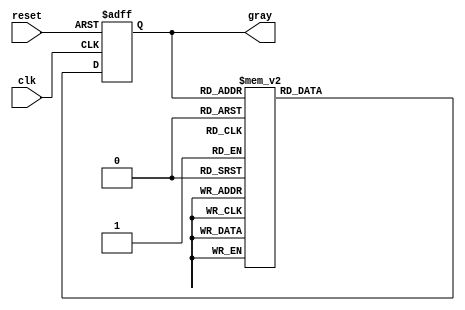
module gray_code_async_counter (
    input wire clk,          // Clock input
    input wire reset,        // Asynchronous reset
    output reg [2:0] gray    // 3-bit Gray Code output
);

// Internal signals for the next state
reg [2:0] next_gray;

// Asynchronous reset and state transition logic
always @(posedge clk or posedge reset) begin
    if (reset) begin
        gray <= 3'b000; // Initialize to 0 in Gray Code
    end else begin
        gray <= next_gray; // Update state on clock edge
    end
end

// Combinational logic to determine the next state
always @(*) begin
    case (gray)
        3'b000: next_gray = 3'b001; // 0 -> 1
        3'b001: next_gray = 3'b011; // 1 -> 3
        3'b011: next_gray = 3'b010; // 3 -> 2
        3'b010: next_gray = 3'b110; // 2 -> 6
        3'b110: next_gray = 3'b111; // 6 -> 7
        3'b111: next_gray = 3'b101; // 7 -> 5
        3'b101: next_gray = 3'b100; // 5 -> 4
        3'b100: next_gray = 3'b000; // 4 -> 0 (wrap around)
        default: next_gray = 3'b000; // Default case
    endcase
end

endmodule